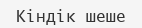
Кіндік шеше